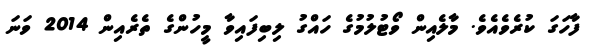
ފާހަގަ ކުރެވެއެވެ. މާލެއިން ވޯޓުލުމުގެ ހައްގު ލިބިފައިވާ މީހުންގެ ތެރެއިން 2014 ވަނަ